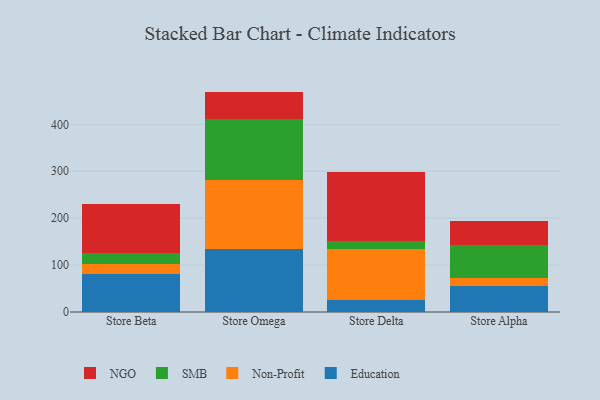
{"axis": {"x": "Store", "y": "Satisfaction Score"}, "legend": ["Education", "NGO", "Non-Profit", "SMB"], "data": [{"x": "Store Beta", "y": 81.9, "type": "Education"}, {"x": "Store Beta", "y": 19.8, "type": "Non-Profit"}, {"x": "Store Beta", "y": 24.7, "type": "SMB"}, {"x": "Store Beta", "y": 104.8, "type": "NGO"}, {"x": "Store Omega", "y": 135.1, "type": "Education"}, {"x": "Store Omega", "y": 147.3, "type": "Non-Profit"}, {"x": "Store Omega", "y": 129.5, "type": "SMB"}, {"x": "Store Omega", "y": 57.9, "type": "NGO"}, {"x": "Store Delta", "y": 25.7, "type": "Education"}, {"x": "Store Delta", "y": 108.9, "type": "Non-Profit"}, {"x": "Store Delta", "y": 17.2, "type": "SMB"}, {"x": "Store Delta", "y": 147.4, "type": "NGO"}, {"x": "Store Alpha", "y": 55.5, "type": "Education"}, {"x": "Store Alpha", "y": 17.6, "type": "Non-Profit"}, {"x": "Store Alpha", "y": 68.8, "type": "SMB"}, {"x": "Store Alpha", "y": 52.9, "type": "NGO"}]}